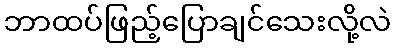
ဘာထပ်ဖြည့်ပြောချင်သေးလို့လဲ